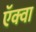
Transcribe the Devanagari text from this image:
ऍक्वा